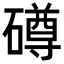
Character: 𥖁